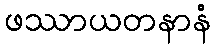
ဖဿာယတနာနံ